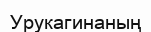
Урукагинаның